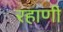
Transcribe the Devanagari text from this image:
रहाणी